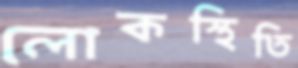
লোকস্থিতি